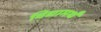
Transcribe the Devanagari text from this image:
विद्यामर्थं